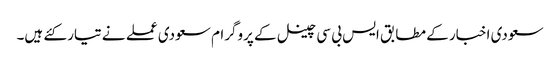
سعودی اخبار کے مطابق ایس بی سی چینل کے پروگرام سعودی عملے نے تیار کئے ہیں۔